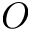
O